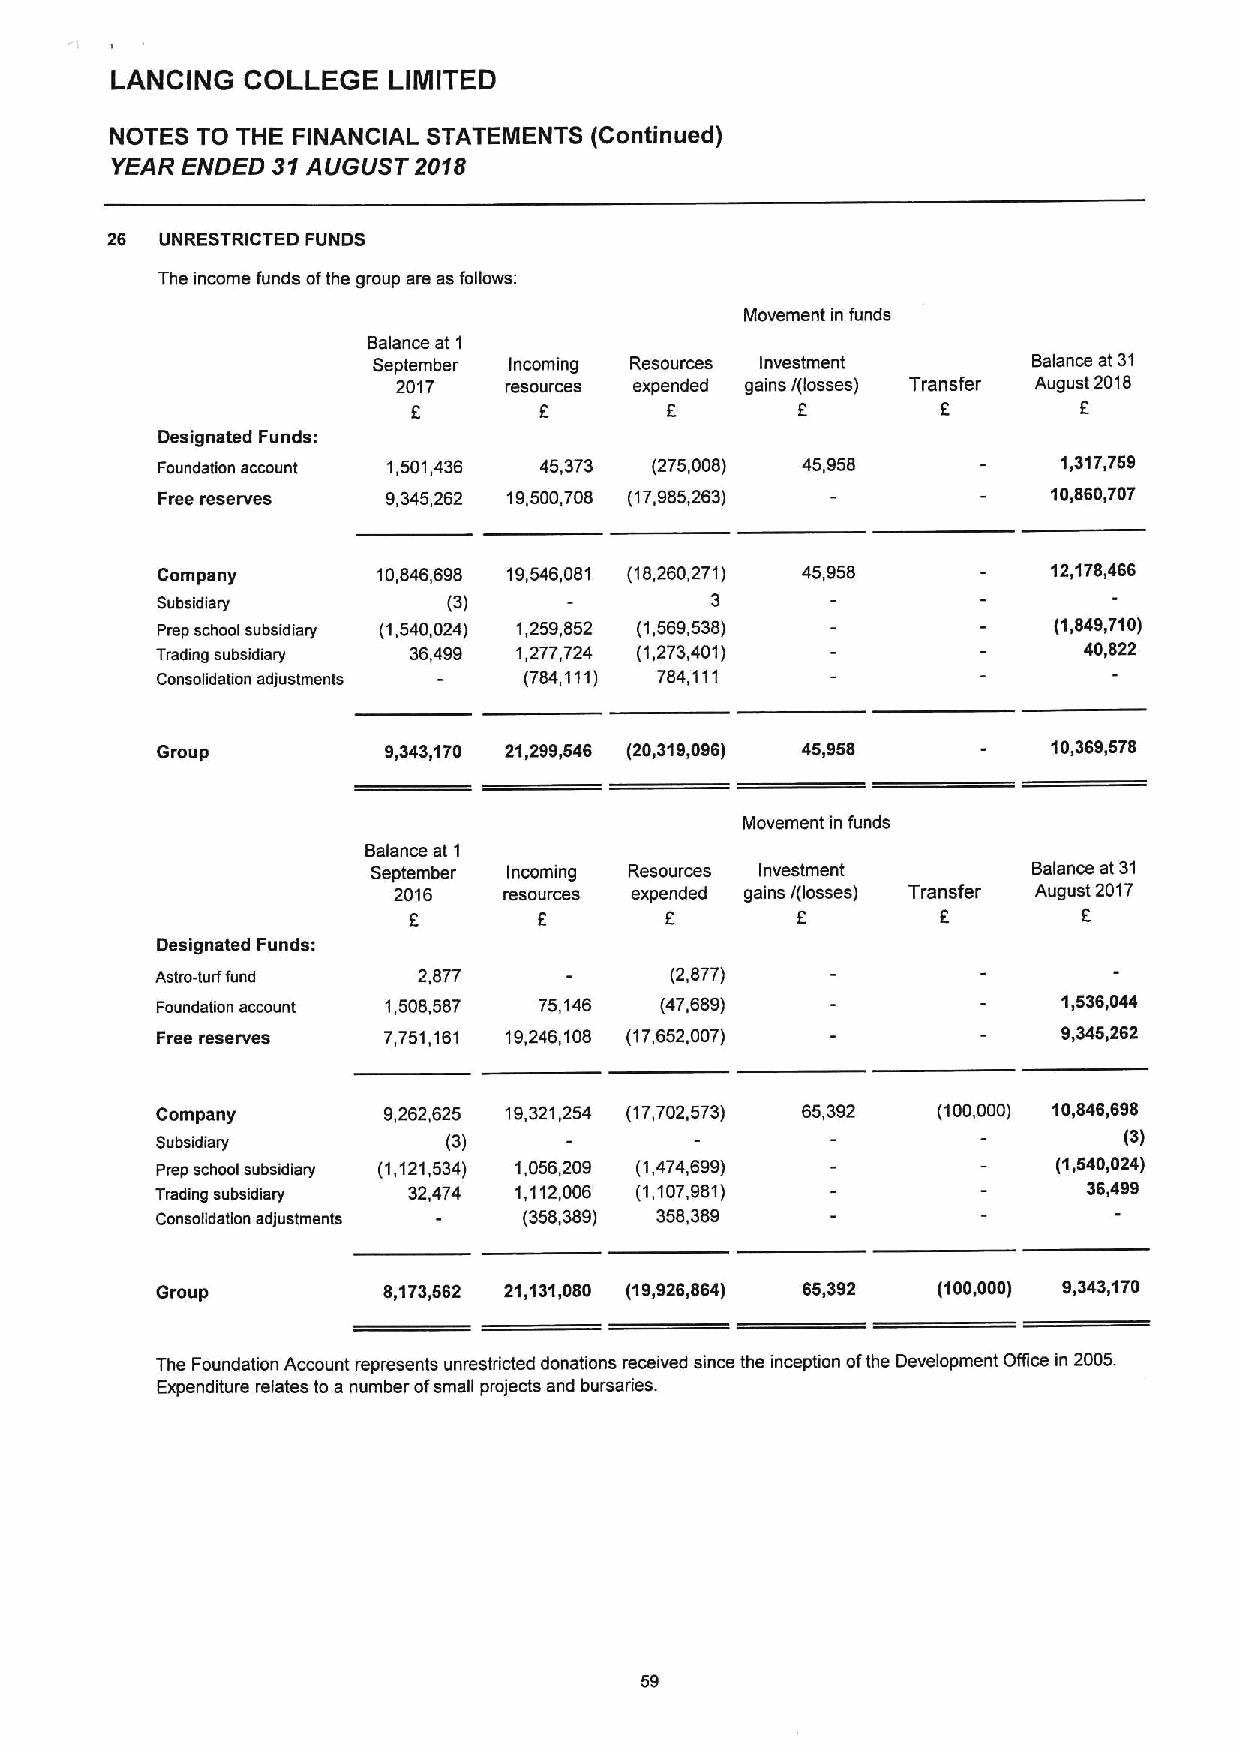
LANCING  COLLEGE   LIMITED
 NOTES TO THE FINANCIAL STATEMENTS (Continued)
 YEAR ENDED 31 AUGUST 2018
 26  UNRESTRICTED FUNDS
 The income funds ofthe group are as follows:
 Movement in funds
 Balance at 1
 September Incoming Resources Investment    Balance at 31
 2017   resources expended gains /(losses) Transfer August 2018
 f        f       f        f        f         f
 Designated Funds:
 Foundation account 1,501,436 45,373 (275,008) 45,958        1,317,759
 Free reserves   9,345,262 19,500,708 (17,985,263)           10,860,707
 Company        10,846,698 19,546,081 (18,260,271) 45,958    12,178,466
 Subsidian/          (3)              3
 Prep school subsidiary (1,540,024) 1,259,852 (1,569,538)    (1,849,710)
 Trading subsidiary 36,499 1,277,724 (1,273,401)               40,822
 Consolidation adjustments (784,111) 784,111
 Group          9,343,170 21,299,546 (20,319,096) 45,958     10,369,578
 Movement in funds
 Balance at 1
 September Incoming Resources Investment    Balance at 31
 2016   resources expended gains /(losses) Transfer August 2017
 f        f       f        f        f         f
 Designated Funds:
 Astro-turf fund   2,877           (2,877)
 Foundation account 1,508,587 75,146 (47,689)                1,536,044
 Free reserves  7,751,161 19,246,108 (17,652,007)            9,345,262
 Company        9,262,625 19,321,254 (17,702,573) 65,392 (100,000) 10,846,698
 Subsidiary         (3)                                          (3)
 Pmp school subsidiary (1,121,534) 1,055,209 (1,474,699)     (1,540,024)
 Trading subsidiary 32,474 1,112,006 (1,107,981)               36,499
 Consolidation adjustments (358,389) 358,389
 Group          8,173,562 21,131,080 (19,926,864) 65,392 (100,000) 9,343,170
 The Foundation Account represents unrestricted donations received since the inception ofthe Development Office in 2005.
 Expenditure relates to a number ofsmall projects and bursaries.
 59